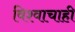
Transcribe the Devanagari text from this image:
विश्वाचाही